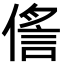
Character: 㑾